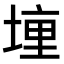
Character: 𫝟